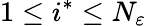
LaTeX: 1\leq i^{*}\leq N_{\varepsilon}